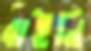
বাইনি